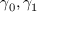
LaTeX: \gamma _ { 0 } , \gamma _ { 1 }